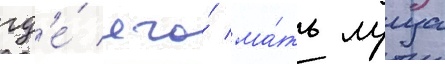
гд'е́ его́ ма́ть луиза